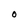
Character: O